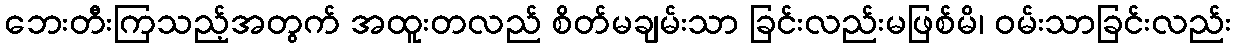
ဘေးတီးကြသည့်အတွက် အထူးတလည် စိတ်မချမ်းသာ ခြင်းလည်းမဖြစ်မိ၊ ဝမ်းသာခြင်းလည်း